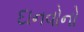
દાનવોનો